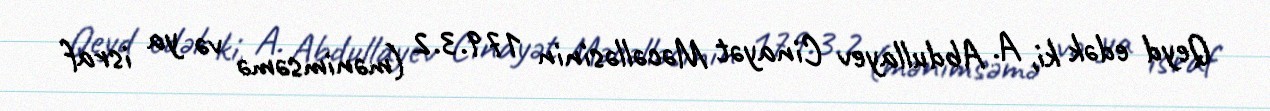
Qeyd edək ki, A. Abdullayev Cinayət Məcəlləsinin 179.3.2 (mənimsəmə və ya israf